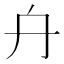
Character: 𠔾